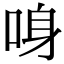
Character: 𠲳